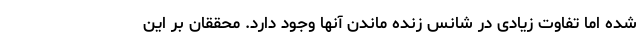
شده اما تفاوت زیادی در شانس زنده ماندن آنها وجود دارد. محققان بر این